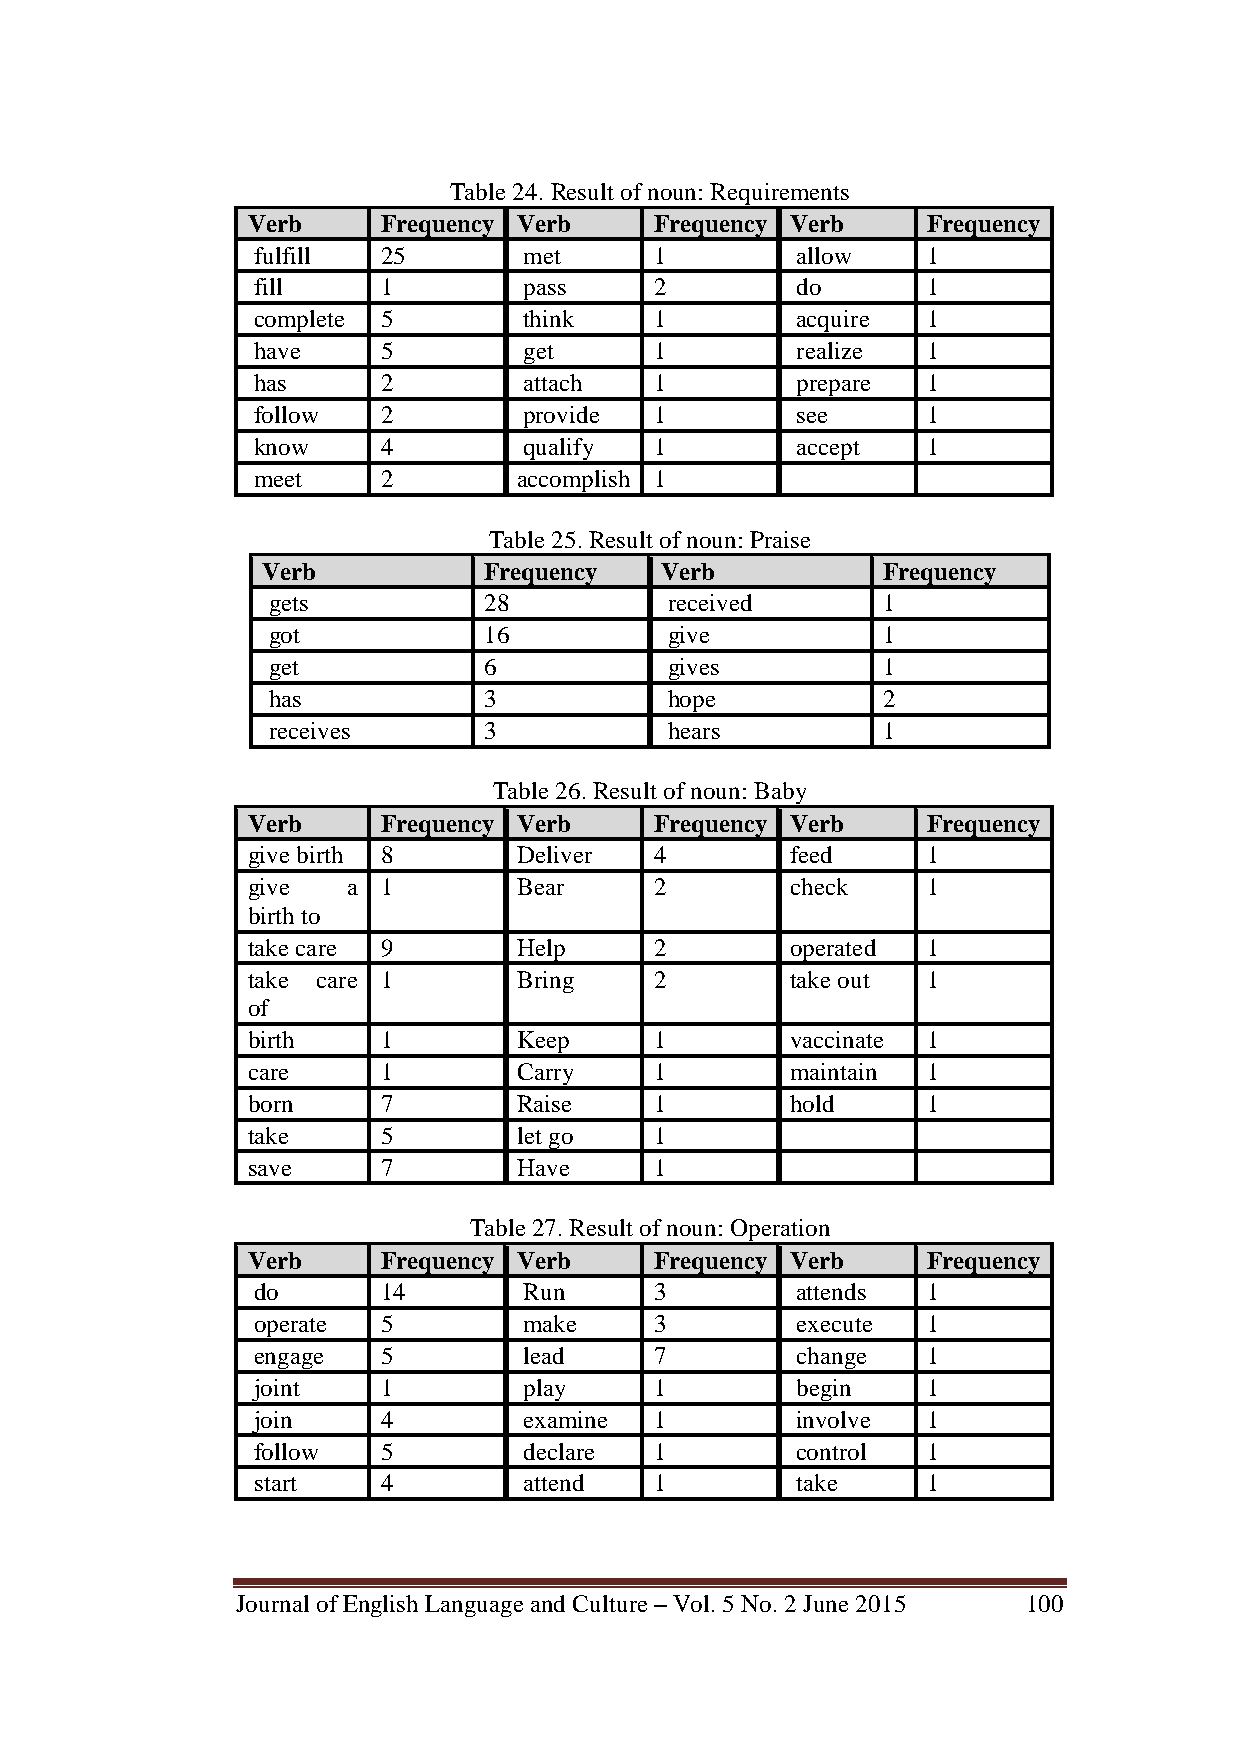
Table 24. Result of noun: Requirements
 Verb     Frequency Verb    Frequency Verb    Frequency
 fulfill 25        met     1         allow   1
 fill    1         pass    2         do      1
 complete 5        think   1         acquire 1
 have    5         get     1         realize 1
 has     2         attach  1         prepare 1
 follow  2         provide 1         see     1
 know    4         qualify 1         accept  1
 meet    2        accomplish 1
 Table 25. Result of noun: Praise
 Verb           Frequency   Verb          Frequency
 gets          28          received      1
 got           16          give          1
 get           6           gives         1
 has           3           hope          2
 receives      3           hears         1
 Table 26. Result of noun: Baby
 Verb     Frequency Verb    Frequency Verb    Frequency
 give birth 8      Deliver  4        feed     1
 give   a 1        Bear     2        check    1
 birth to
 take care 9       Help     2        operated 1
 take care 1       Bring    2        take out 1
 of
 birth    1        Keep     1        vaccinate 1
 care     1        Carry    1        maintain 1
 born     7        Raise    1        hold     1
 take     5        let go   1
 save     7        Have     1
 Table 27. Result of noun: Operation
 Verb     Frequency Verb    Frequency Verb    Frequency
 do      14        Run     3         attends 1
 operate 5         make    3         execute 1
 engage  5         lead    7         change  1
 joint   1         play    1         begin   1
 join    4         examine 1         involve 1
 follow  5         declare 1         control 1
 start   4         attend  1         take    1
 Journal of English Language and Culture – Vol. 5 No. 2 June 2015 100